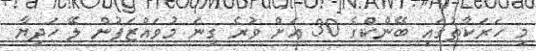
މި ހަރަކާތުގައި ބޭންކްގެ 30 އަށް ވުރެ ގިނަ މުވައްޒަފުން ލޭ ހަދިޔާ